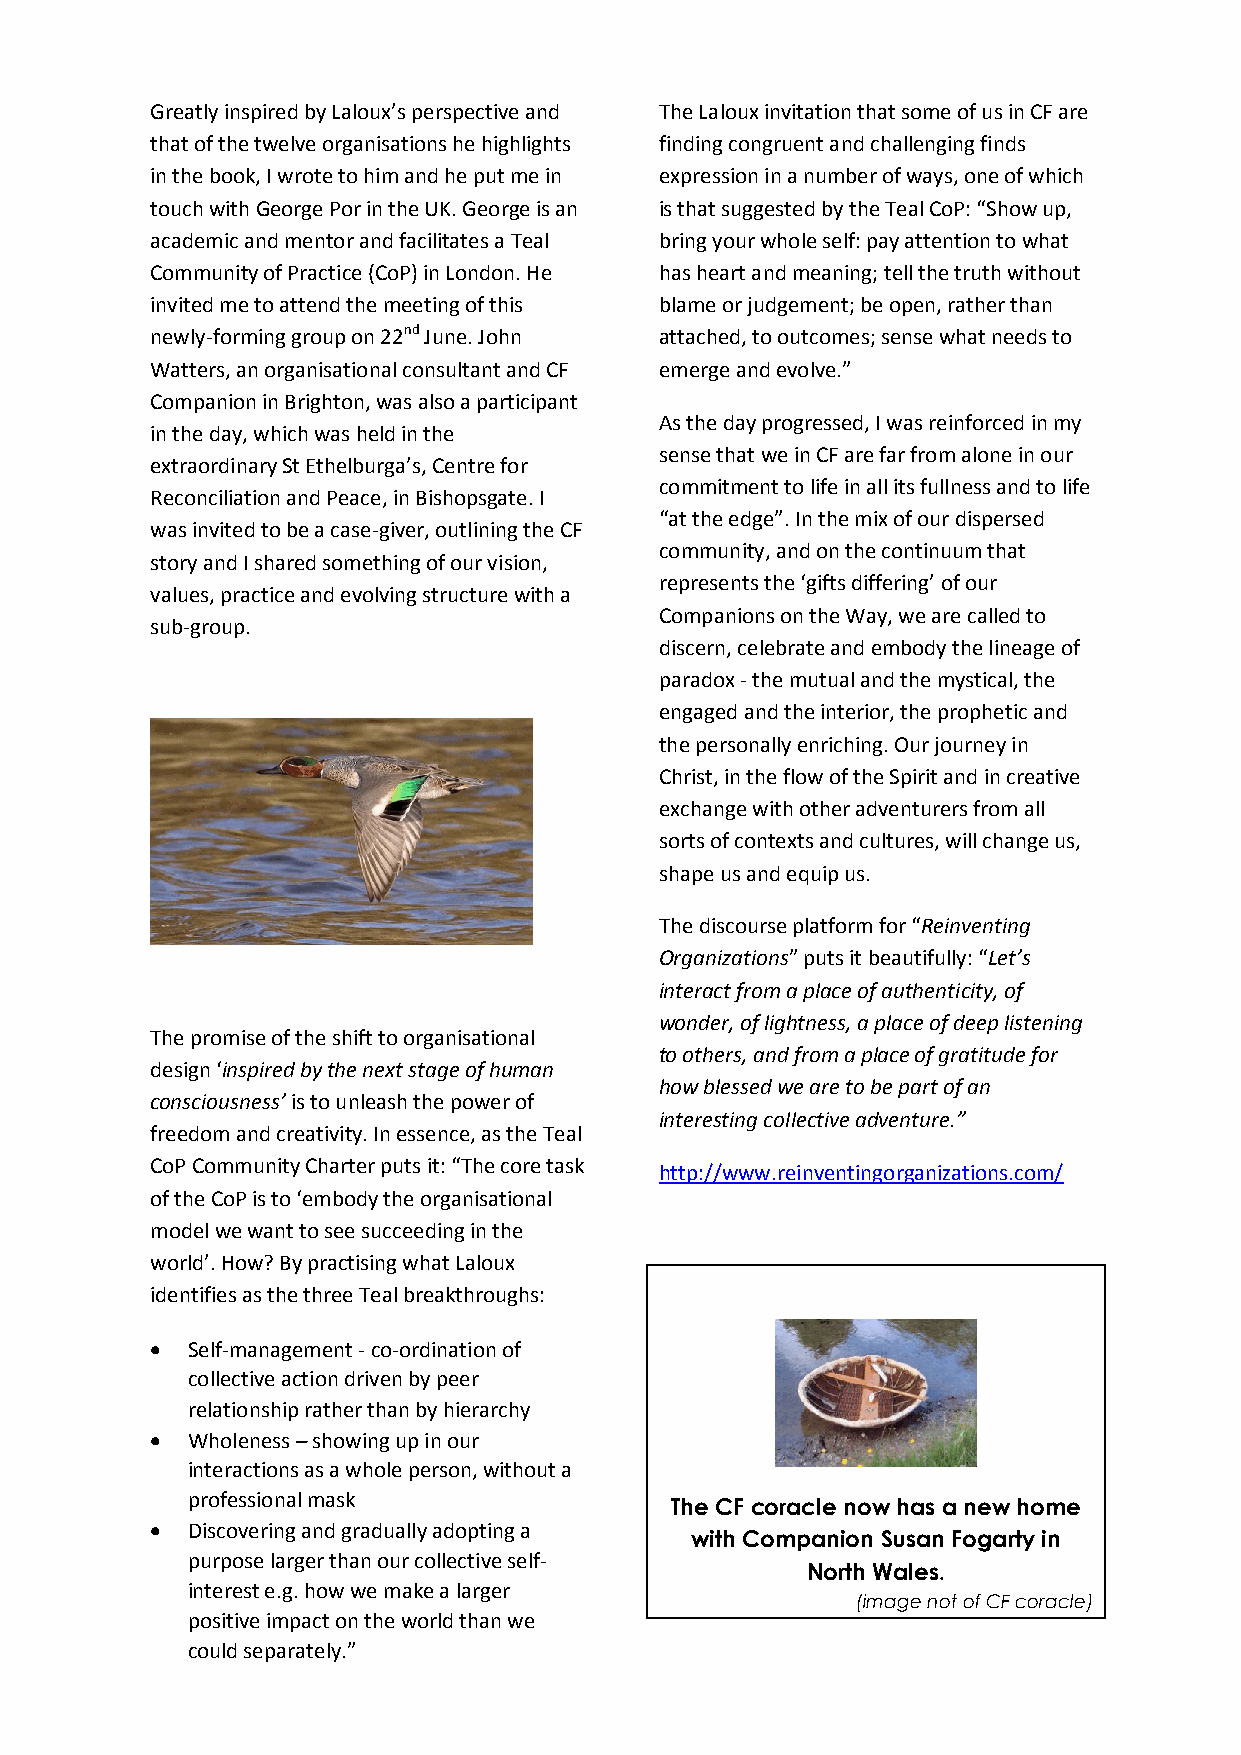
Greatly inspired by Laloux’s perspective and The Laloux invitation that some of us in CF are
 that of the twelve organisations he highlights finding congruent and challenging finds
 in the book, I wrote to him and he put me in expression in a number of ways, one of which
 touch with George Por in the UK. George is an is that suggested by the Teal CoP: “Show up,
 academic and mentor and facilitates a Teal bring your whole self: pay attention to what
 Community of Practice (CoP) in London. He has heart and meaning; tell the truth without
 invited me to attend the meeting of this blame or judgement; be open, rather than
 newly-forming group on 22nd June. John attached, to outcomes; sense what needs to
 Watters, an organisational consultant and CF emerge and evolve.”
 Companion in Brighton, was also a participant
 As the day progressed, I was reinforced in my
 in the day, which was held in the
 sense that we in CF are far from alone in our
 extraordinary St Ethelburga’s, Centre for
 commitment to life in all its fullness and to life
 Reconciliation and Peace, in Bishopsgate. I
 “at the edge”. In the mix of our dispersed
 was invited to be a case-giver, outlining the CF
 community, and on the continuum that
 story and I shared something of our vision,
 represents the ‘gifts differing’ of our
 values, practice and evolving structure with a
 Companions on the Way, we are called to
 sub-group.
 discern, celebrate and embody the lineage of
 paradox - the mutual and the mystical, the
 engaged and the interior, the prophetic and
 the personally enriching. Our journey in
 Christ, in the flow of the Spirit and in creative
 exchange with other adventurers from all
 sorts of contexts and cultures, will change us,
 shape us and equip us.
 The discourse platform for “Reinventing
 Organizations” puts it beautifully: “Let’s
 interact from a place of authenticity, of
 wonder, of lightness, a place of deep listening
 The promise of the shift to organisational
 to others, and from a place of gratitude for
 design ‘inspired by the next stage of human
 how blessed we are to be part of an
 consciousness’ is to unleash the power of
 interesting collective adventure.”
 freedom and creativity. In essence, as the Teal
 CoP Community Charter puts it: “The core task
 http://www.reinventingorganizations.com/
 of the CoP is to ‘embody the organisational
 model we want to see succeeding in the
 world’. How? By practising what Laloux
 identifies as the three Teal breakthroughs:
  Self-management - co-ordination of
 collective action driven by peer
 relationship rather than by hierarchy
  Wholeness – showing up in our
 interactions as a whole person, without a
 professional mask
 The CF coracle now has a new home
  Discovering and gradually adopting a
 with Companion Susan Fogarty in
 purpose larger than our collective self-
 North Wales.
 interest e.g. how we make a larger
 (image not of CF coracle)
 positive impact on the world than we
 could separately.”